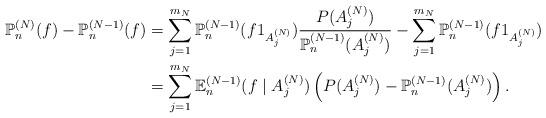
LaTeX: \begin{align*}\mathbb{P}_{n}^{(N)}(f)-\mathbb{P}_{n}^{(N-1)}(f) & =\sum_{j=1}^{m_{N}}\mathbb{P}_{n}^{(N-1)}(f1_{A_{j}^{(N)}})\frac{P(A_{j}^{(N)})}{\mathbb{P}_{n}^{(N-1)}(A_{j}^{(N)})}-\sum_{j=1}^{m_{N}}\mathbb{P}_{n}^{(N-1)}(f1_{A_{j}^{(N)}})\\& =\sum_{j=1}^{m_{N}}\mathbb{E}_{n}^{(N-1)}(f\;|\;A_{j}^{(N)})\left(P(A_{j}^{(N)})-\mathbb{P}_{n}^{(N-1)}(A_{j}^{(N)})\right) .\end{align*}